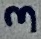
Text: 3